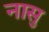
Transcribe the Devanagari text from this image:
नासु